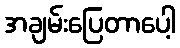
အချမ်းပြေတာပေါ့